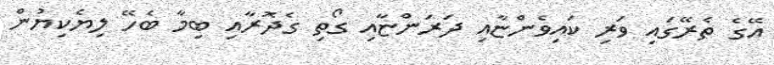
އޭގެ ތެރޭގައި ވަރި ކައިވެންޏާއި ދަރަންޏާއި ގޯތި ގެދޮރާއި ބިމާ ބެހޭ ލިޔެކިޔުން